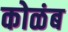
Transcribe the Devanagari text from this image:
कोळंब